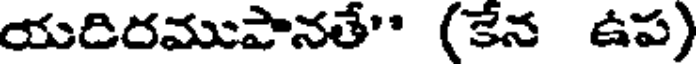
యదిరముపానతే" (కేన ఉప)